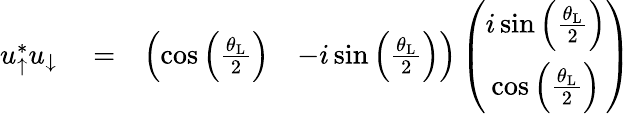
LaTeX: \begin{array}{rlr}{u_{\uparrow}^{*}u_{\downarrow}}&{{}=}&{\left(\begin{array}{cc}{\cos\left(\frac{\theta_{\mathrm{L}}}{2}\right)}&{-i\sin\left(\frac{\theta_{\mathrm{L}}}{2}\right)}\end{array}\right)\left(\begin{array}{cc}{i\sin\left(\frac{\theta_{\mathrm{L}}}{2}\right)}\\ {\cos\left(\frac{\theta_{\mathrm{L}}}{2}\right)}\end{array}\right)}\end{array}